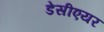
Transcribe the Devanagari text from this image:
डेसीएयर